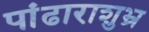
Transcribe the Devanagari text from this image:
पांढाराशुभ्र